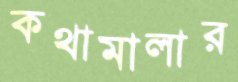
কথামালার